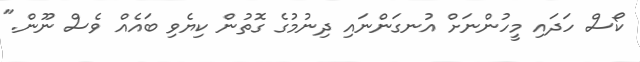
ކޯސް ހަދައި މީހުންނަށް އުނގަންނައި ދިނުމުގެ ގޮތުން ކިޔެވި ބައެއް ވެސް ނޫން."